Civil Veterinary Dept. Bombay admin report 1923-31 - 1923-1931
Year: 1923
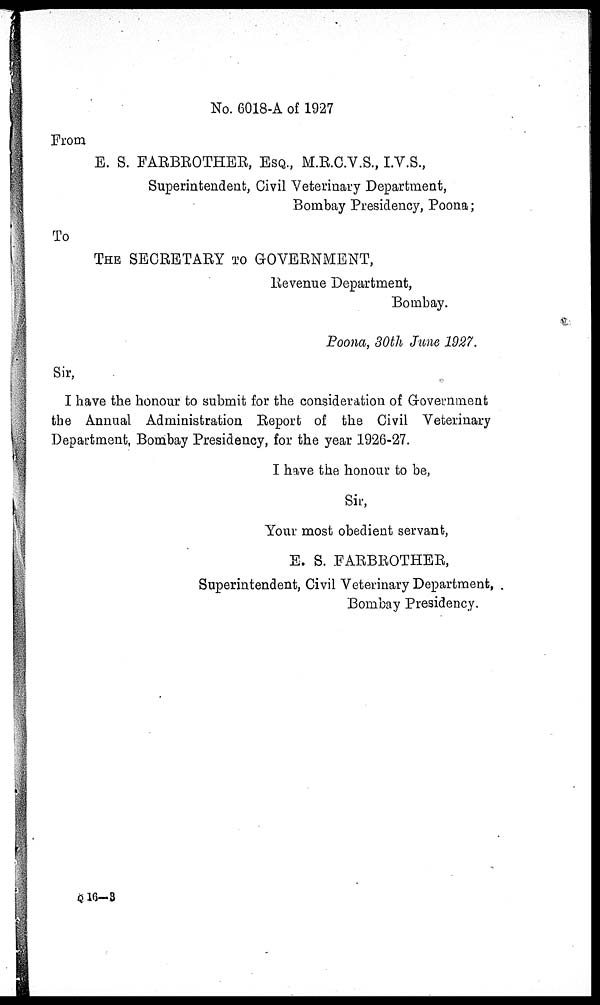
No. 6018-A of 1927
From
E. S. FARBROTHER, ESQ., M.R.C.V.S., I.V.S.,
Superintendent, Civil Veterinary Department,
Bombay Presidency, Poona;
To
THE SECRETARY TO GOVERNMENT,
Revenue Department,
Bombay.
Poona, 30th June 1927.
Sir,
I have the honour to submit for the consideration of Government
the Annual Administration Report of the Civil Veterinary
Department, Bombay Presidency, for the year 1926-27.
I have the honour to be,
Sir,
Your most obedient servant,
E. S. FARBROTHER,
Superintendent, Civil Veterinary Department,
Bombay Presidency.
Q 16-3